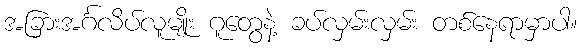
အခြားအင်္ဂလိပ်လူမျိုး ဂူတွေနဲ့ ခပ်လှမ်းလှမ်း တစ်နေရာမှာပါ။